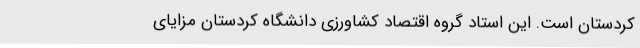
کردستان است. این استاد گروه اقتصاد کشاورزی دانشگاه کردستان مزایای